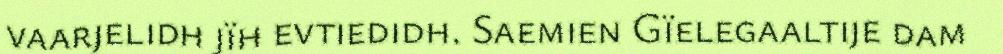
vaarjelidh jïh evtiedidh. Saemien Gïelegaaltije dam